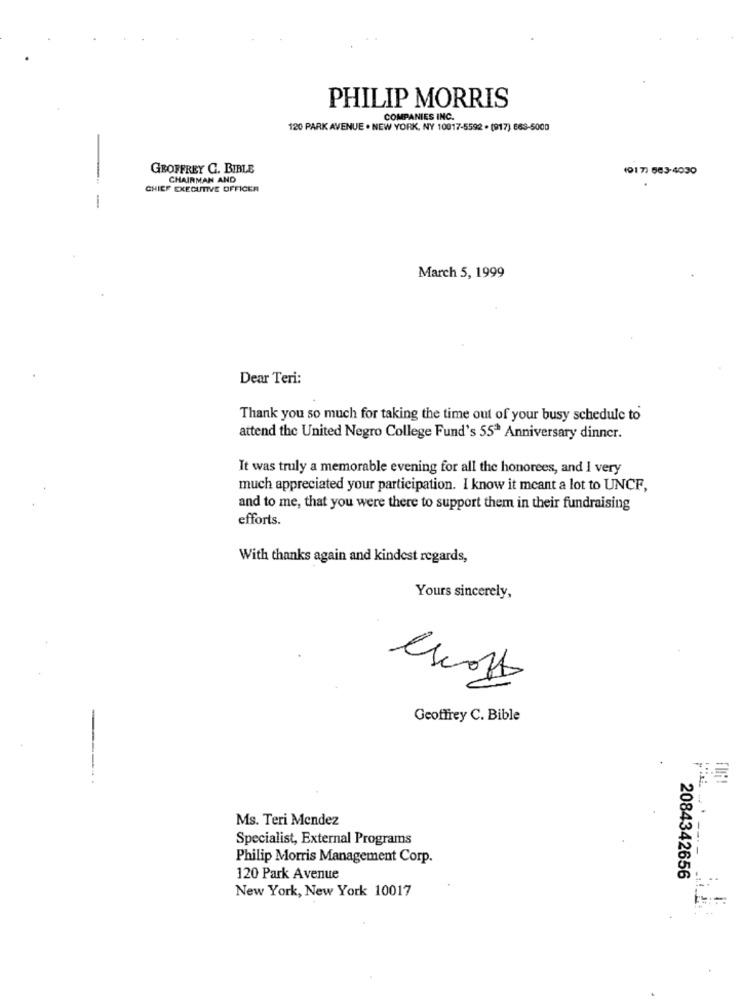
PHILIP MORRIS
COMPANIES INC.
120 PARK AVENUE . NEW YORK, NY 10017-5592 . (917) 663-5000
GEOFFREY G. BIBLE
(917) 683-4030
CHAIRMAN AND
CHIEF EXECUTIVE OFFICER
-
March 5, 1999
Dear Teri:
Thank you so much for taking the time out of your busy schedule to
attend the United Negro College Fund's 55ª Anniversary dinner.
It was truly a memorable evening for all the honorees, and I very
much appreciated your participation. I know it meant a lot to UNCF,
and to me, that you were there to support them in their fundraising
efforts.
With thanks again and kindest regards,
Yours sincerely,
Geoffrey C. Bible
------
Ms. Teri Mendez
Specialist, External Programs
-- ----
Philip Morris Management Corp.
120 Park Avenue
2084342656
New York, New York 10017